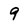
Character: 9